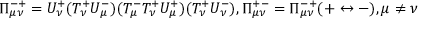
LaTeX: \Pi _ { \mu \nu } ^ { - + } = U _ { \nu } ^ { + } ( T _ { \nu } ^ { + } U _ { \mu } ^ { - } ) ( T _ { \mu } ^ { - } T _ { \nu } ^ { + } U _ { \mu } ^ { + } ) ( T _ { \nu } ^ { + } U _ { \nu } ^ { - } ) , \Pi _ { \mu \nu } ^ { + - } = \Pi _ { \mu \nu } ^ { - + } ( + \leftrightarrow - ) , \mu \neq \nu